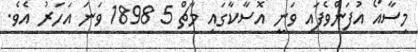
މިސާއޯ އުފަންވެފައި ވަނީ އޮސާކާގައި މާޗް 5 1898 ވަނަ އަހަރު އެވެ.